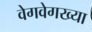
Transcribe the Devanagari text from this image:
वेगवेगख्या